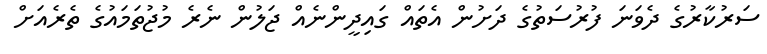
ސަރުކާރުގެ ދެވަނަ ފުރުސަތުގެ ދަށުން އެތައް ގައިދީންނެއް ޖަލުން ނެރެ މުޖުތަމައުގެ ތެރެއަށް